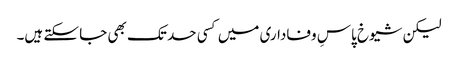
لیکن شیوخ پاسِ وفاداری میں کسی حد تک بھی جا سکتے ہیں۔